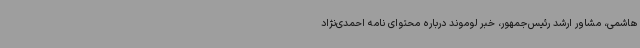
هاشمی، مشاور ارشد رئیس‌جمهور، خبر لوموند درباره محتوای نامه احمدی‌نژاد